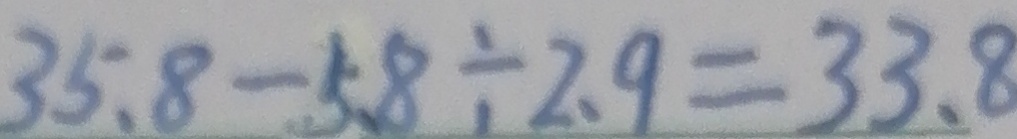
3 5 . 8 - 5 . 8 \div 2 . 9 = 3 3 . 8